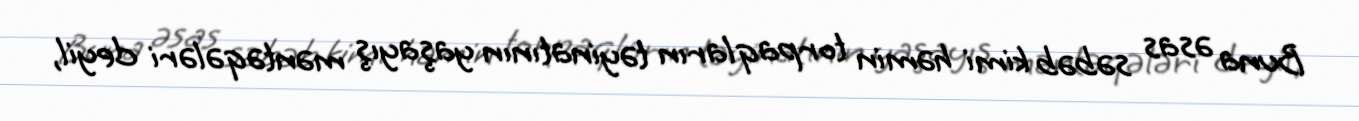
Buna əsas səbəb kimi həmin torpaqların təyinatının yaşayış məntəqələri deyil,